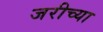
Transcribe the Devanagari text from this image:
जरीच्या